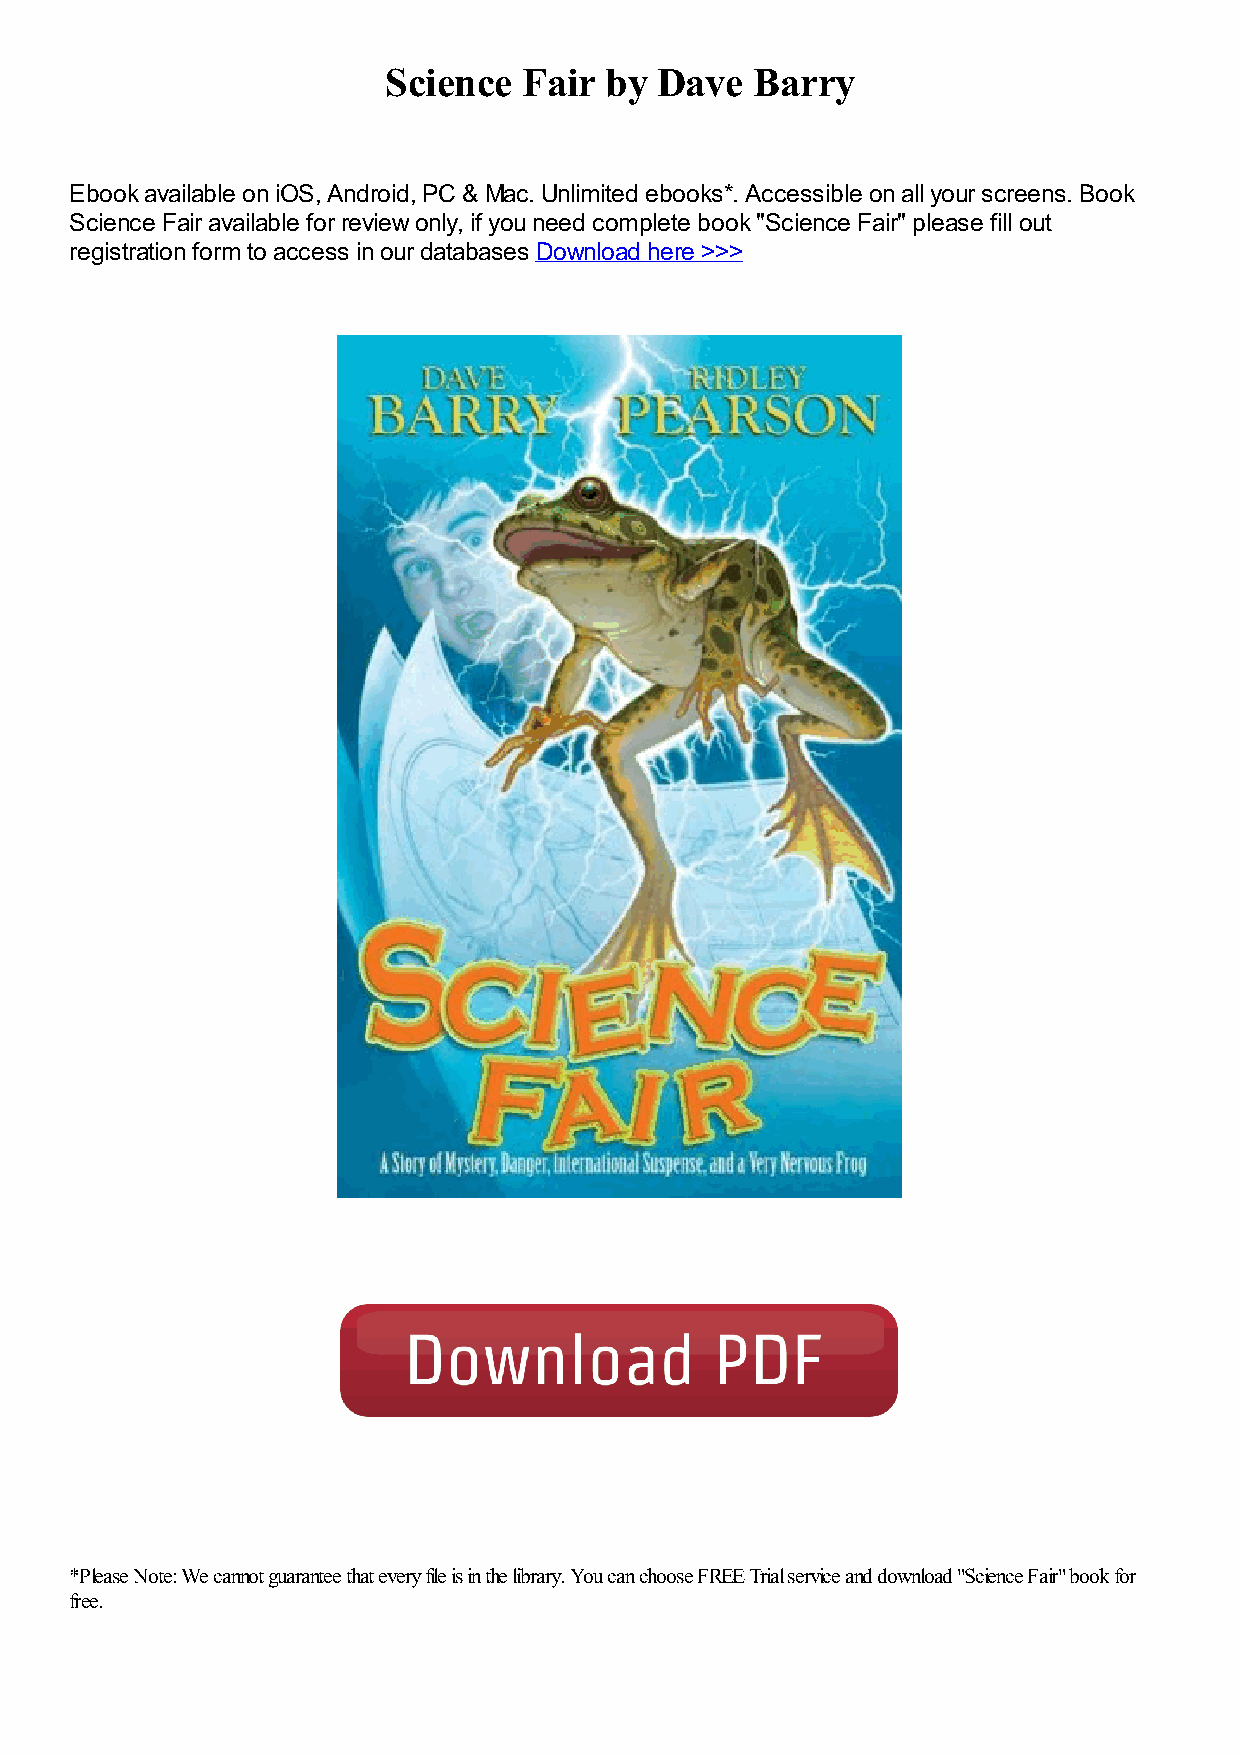
Science   Fair by Dave   Barry
 Ebook available on iOS, Android, PC & Mac. Unlimited ebooks*. Accessible on all your screens. Book
 Science Fair available for review only, if you need complete book "Science Fair" please fill out
 registration form to access in our databases Download here >>>
 *Please Note: We cannot guarantee that every file is in the library. You can choose FREE Trial service and download "Science Fair" book for
 free.